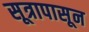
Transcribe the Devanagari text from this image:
सूत्रापासून